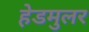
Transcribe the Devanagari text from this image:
हेडमुलर